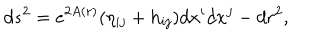
LaTeX: d s ^ { 2 } = e ^ { 2 A ( r ) } ( \eta _ { i j } + h _ { i j } ) d x ^ { i } d x ^ { j } - d r ^ { 2 } ,